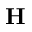
\mathbf { H }